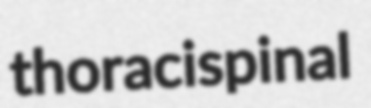
thoracispinal